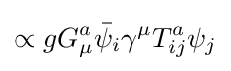
\propto gG_{\mu }^{a}{\bar {\psi }}_{i}\gamma ^{\mu }T_{ij}^{a}\psi _{j}